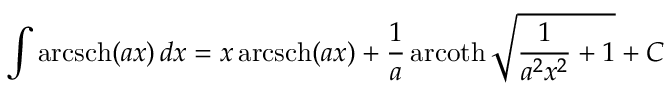
\int \operatorname { a r c s c h } ( a x ) \, d x = x \operatorname { a r c s c h } ( a x ) + { \frac { 1 } { a } } \operatorname { a r c o t h } { \sqrt { { \frac { 1 } { a ^ { 2 } x ^ { 2 } } } + 1 } } + C